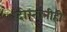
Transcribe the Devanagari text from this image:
दोस्तांनीही